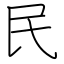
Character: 民